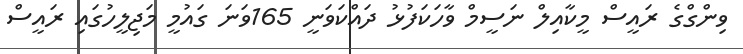
ވިންގްގެ ރައީސް މީކާއިލް ނަސީމް ވާހަކަފުޅު ދައްކަވަނީ 165ވަނަ ގައުމީ މަޖިލީހުގައި ރައީސް